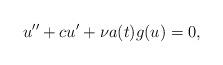
LaTeX: \begin{align*}u'' + c u' + \nu a(t) g(u) = 0,\end{align*}